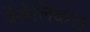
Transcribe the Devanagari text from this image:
बैसेलिकल